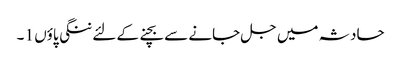
حادثہ میں جل جانے سے بچنے کے لئے ننگی پاؤں 1 ۔